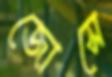
জোসে